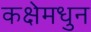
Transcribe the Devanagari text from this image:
कक्षेमधुन